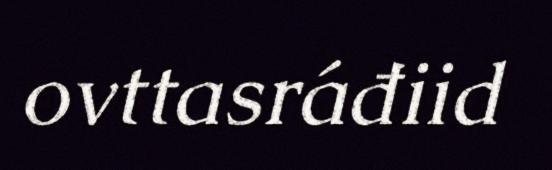
ovttasráđiid